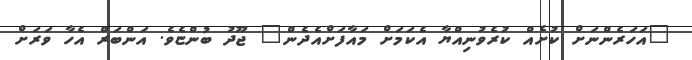
"އަހަރެންނަށް ކުށެއް ކުރެވުނިއްޔާ އެކަމަށް މައާފަށްއެދެން" ޖޫދު ބުންޏެވެ. އަންބަރް އެހާ ވަރަށް